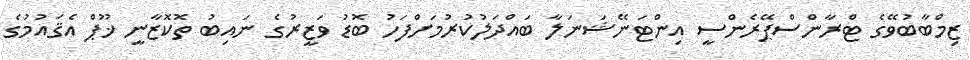
ޒިމްބާބުވޭގެ ޓްރާންސްޕޭރެންސީ އިންޓަނޭޝަނަލާ ބައްދަލުކުރުމަށްފަހު ބޮޑު ވަޒީރުގެ ނައިބު ތޮކޮޒާނީ ޚޫޕް އެޤައުމުގެ